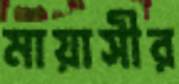
মায়াসীর